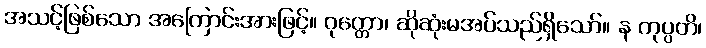
အသင့်ဖြစ်သော အကြောင်းအားဖြင့်။ ဝုတ္တော၊ ဆိုဆုံးမအပ်သည်ရှိသော်။ န ကုပ္ပတိ၊